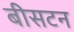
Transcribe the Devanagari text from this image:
बीसटन